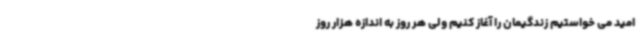
امید می خواستیم زندگیمان را آغاز کنیم ولی هر روز به اندازه هزار روز